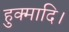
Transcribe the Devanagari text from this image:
हुक्मादि।